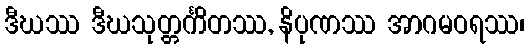
ဒီဃဿ ဒီဃသုတ္တင်္ကိတဿ, နိပုဏဿ အာဂမဝရဿ၊